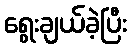
ရွေးချယ်ခဲ့ပြီး